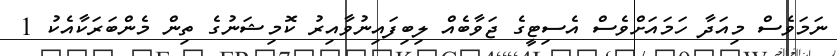
ނަމަވެސް މިއަދާ ހަމައަށްވެސް އެސިޓީގެ ޖަވާބެއް ލިބިފައިނުވާއިރު ކޮމިޝަނުގެ ތިން މެންބަރަކާއެކު 1